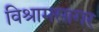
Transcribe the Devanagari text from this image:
विश्रामसागर